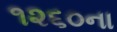
૧૨૬૦ના